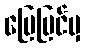
မြေပြင်မှ